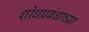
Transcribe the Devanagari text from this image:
शोधप्रबंधाच्या